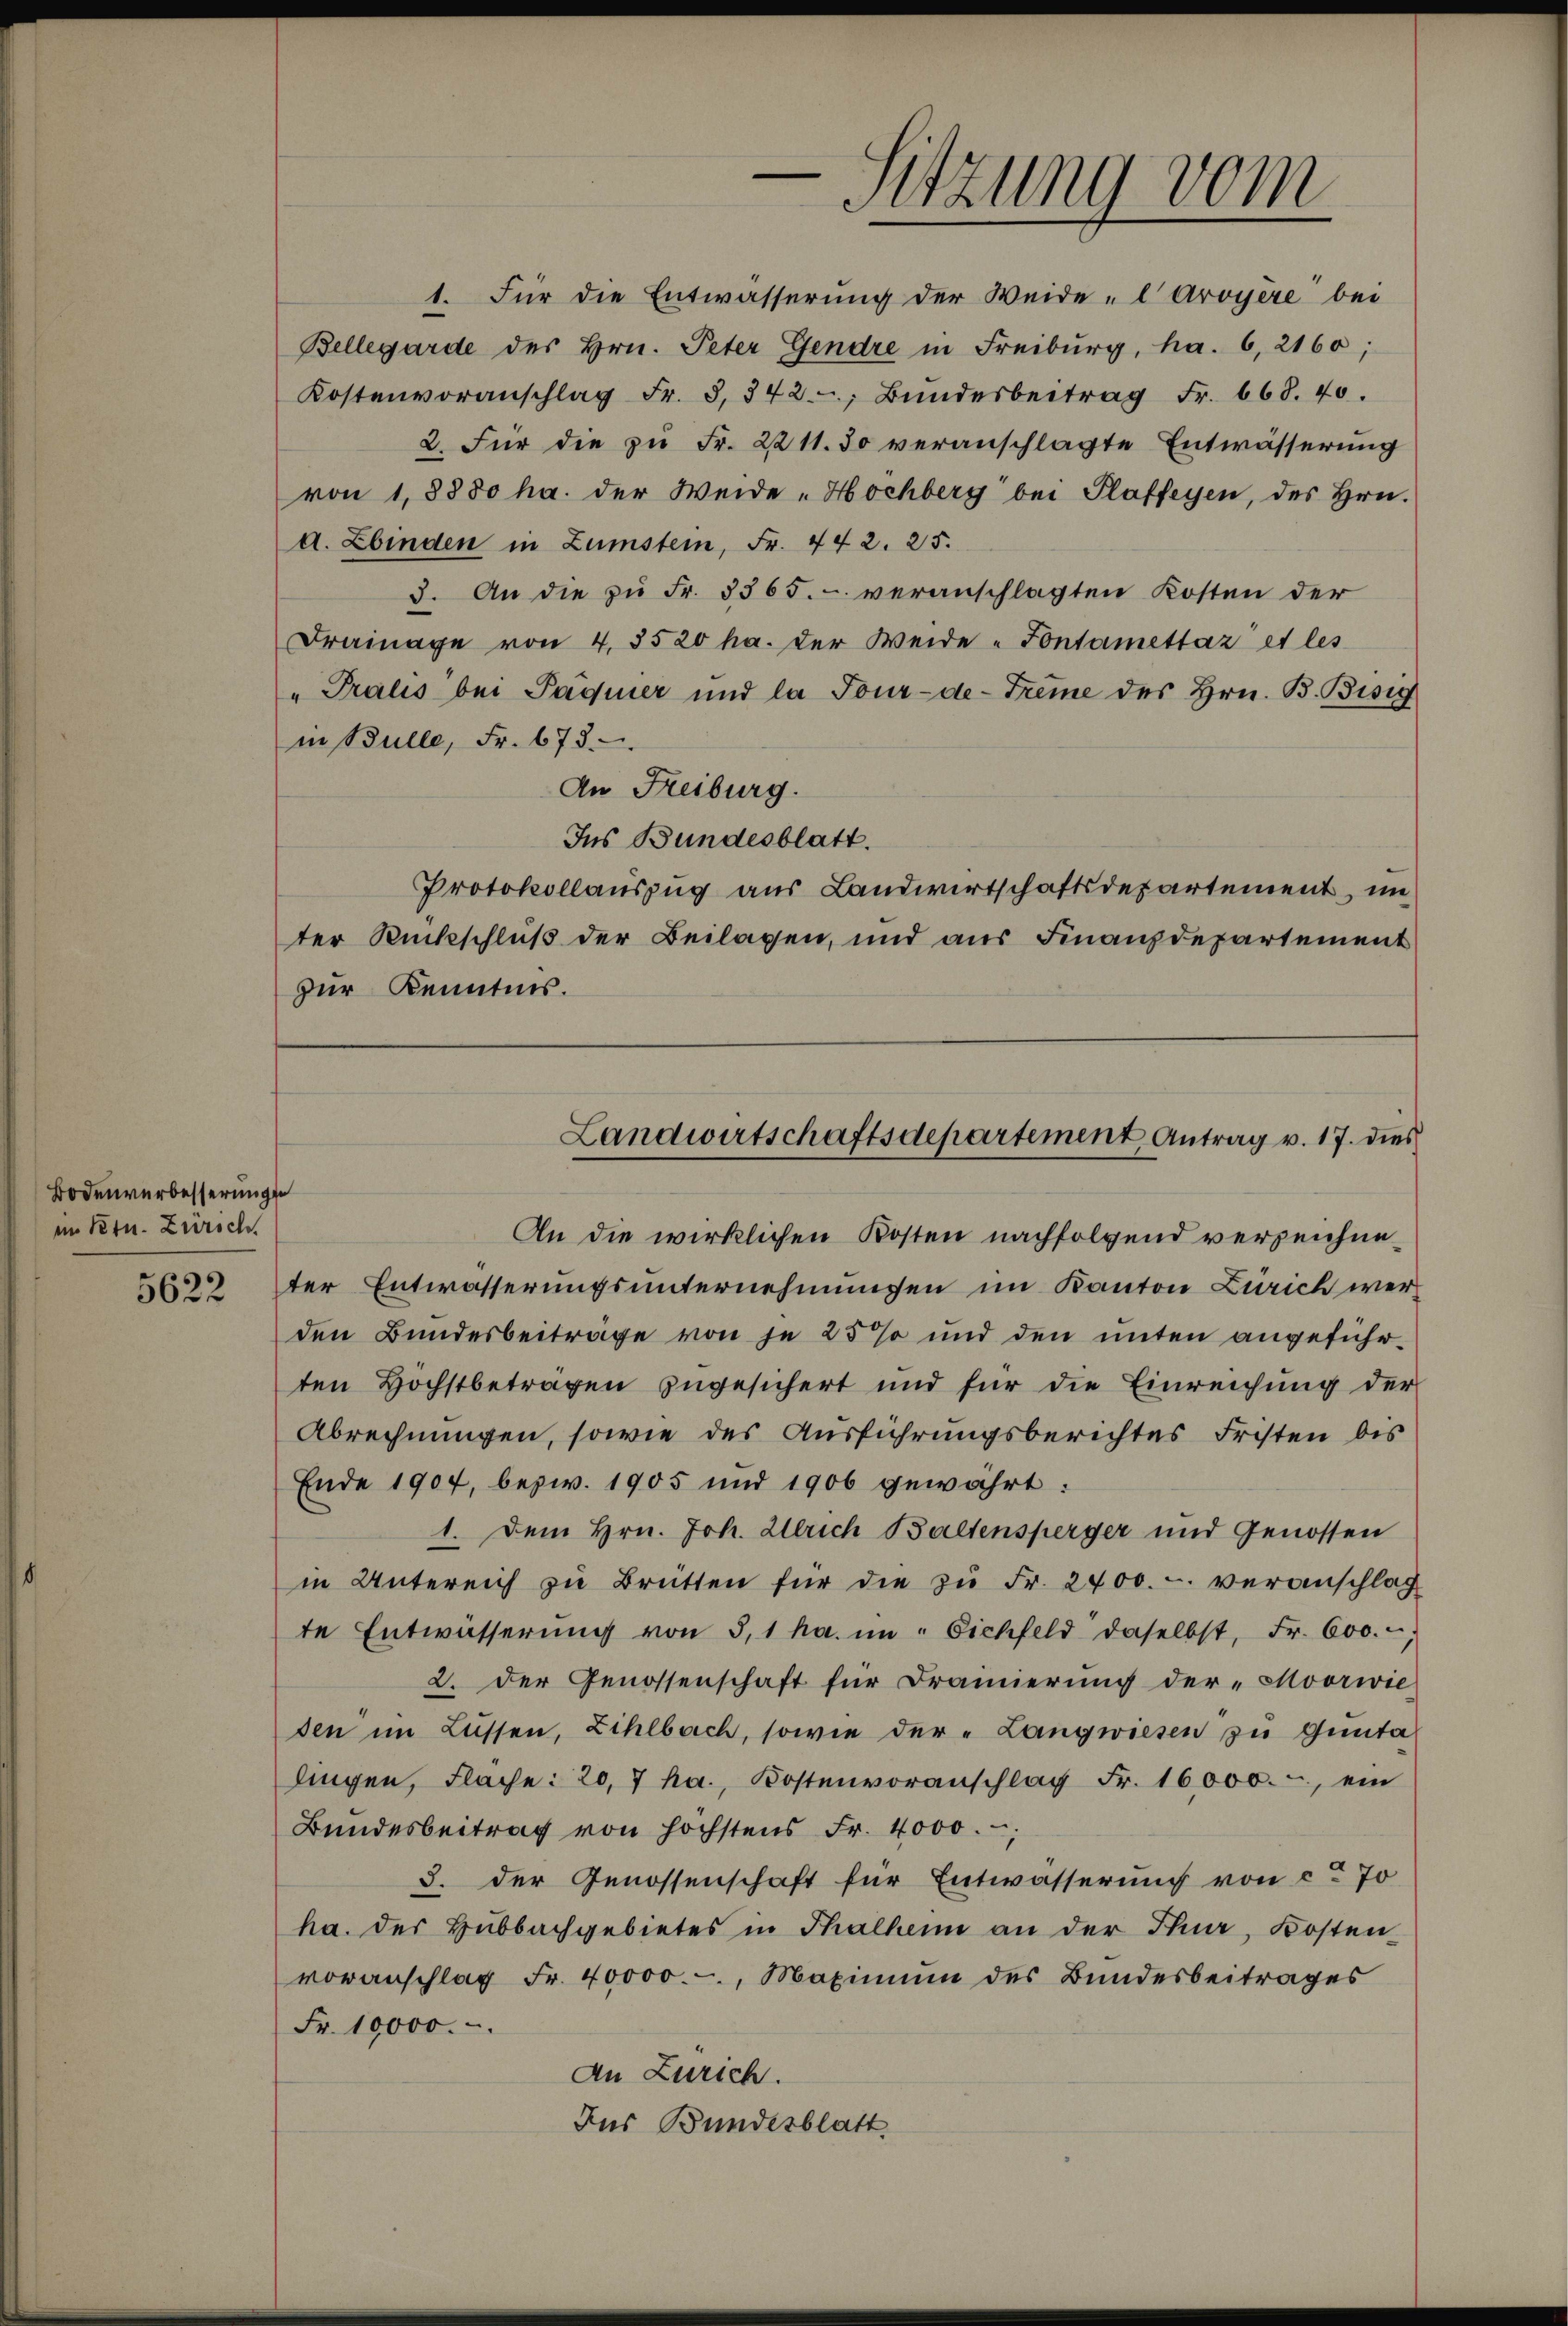
Bodenverbesserunge
im Kt. Zürich

5622

zur Kenntnis.

Sitzung vom

1. Für die Entwässerung der Weidel Aroyère“ bei
Bellegarde des Hrn. Peter Gendre in Freiburg, ha. 6, 2160;
Kostenvoranschlag Fr. 3, 342, Bŭndesbeitrag Fr. 668. 40.
2. Für die zŭ Fr. 2211. 30 veranschlagte Entwässerung
von 1,8880 ha. der Weide „Hochberg bei Plaffeyen, des Hrn.
d. Zbinden in Zumstein, Fr. 442. 25.
3. An die zŭ Fr. 3365. - veranschlagten Kosten der
Drainage von 4.3520 ha. der Weide-Fontamettaz et les
"Pralis bei Päquier und la Jour-de-Frême des Hrn. B. Bisig
in Bulle, Fr. 673
An Freiburg.
Ins Bundesblatt.
Protokollauszug aus Landwirtschaftsdepartement, im
ter Rückschluß der Beilagen, und aus Finanzdepartement
An die wirklichen Kosten nachfolgend verzeichneter Entwässerungsunternehmungen im Kanton Zürich werden Bundesbeiträge von je 25% und den unten angeführten Höchstbeträgen zugesichert und für die Einreichung der
Abrechnungen, sowie des Ausführungsberichtes Fristen bis
Ende 1904, bezw. 1905 und 1906 gewährt:
1. Dem Hrn. Joh. Ulrich Baltensperger und Genossen
in Untereich zu Brütten für die zŭ Fr. 2400. - veranschlag
te Entwässerŭng von 5,1 ha. im Eichfeld daselbst, Fr. 600.
2. der Genossenschaft für Drainierŭng der "Moorwie
den im Lüssen, Zihlbach, sowie der "Langwiesen zu Gunta
lingen, Fläche: 20, 7 ha., Kostenvoranschlag Fr. 16000.-, ein
Bundesbeitrag von höchstens Fr. 4000.,
3. der Genossenschaft für Entwässerung von ca 70
ha. der Hubbachgebietes in Thalhen an der Thur, Kosten
voranschlag Fr. 40000.-, Maximŭm des Bundesbeitrages
Fr. 10000.
An Zürich.
Dus Bundesblatt

Landwirtschaftsdepartement Antrag v. 17. dies